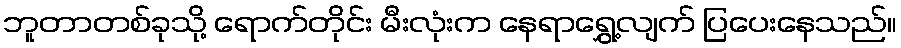
ဘူတာတစ်ခုသို့ ရောက်တိုင်း မီးလုံးက နေရာရွှေ့လျက် ပြပေးနေသည်။